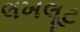
લખલૂટ